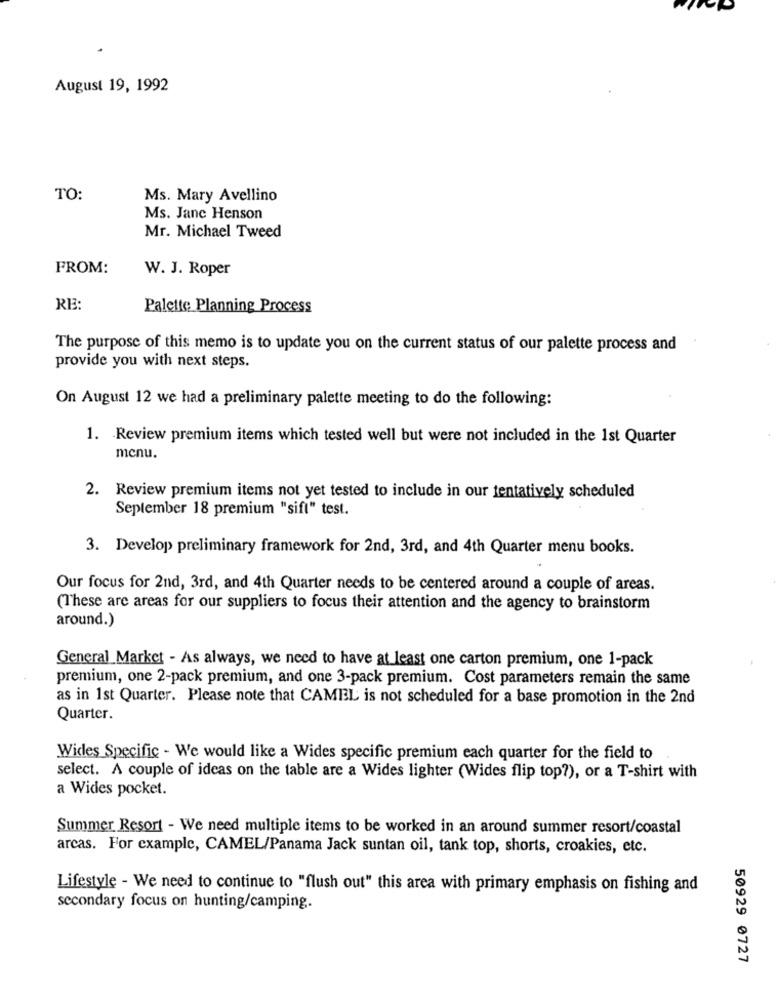
August 19, 1992
TO:
Ms. Mary Avellino
Ms. Janc Henson
Mr. Michael Tweed
FROM:
W. J. Roper
RE:
Palette Planning Process
The purpose of this memo is to update you on the current status of our palette process and
provide you with next steps.
On August 12 we had a preliminary palette meeting to do the following:
1. Review premium items which tested well but were not included in the 1st Quarter
menu.
2. Review premium items not yet tested to include in our tentatively scheduled
September 18 premium "sift" test.
3. Develop> preliminary framework for 2nd, 3rd, and 4th Quarter menu books.
Our focus for 2nd, 3rd, and 4th Quarter needs to be centered around a couple of areas.
(These are areas for our suppliers to focus their attention and the agency to brainstorm
around.)
General Market - As always, we need to have at least one carton premium, one 1-pack
premium, one 2-pack premium, and one 3-pack premium. Cost parameters remain the same
as in 1st Quarter. Please note that CAMEL is not scheduled for a base promotion in the 2nd
Quarter.
Wides Specific - We would like a Wides specific premium each quarter for the field to
select. A couple of ideas on the table are a Wides lighter (Wides flip top?), or a T-shirt with
a Wides pocket.
Summer Resort - We need multiple items to be worked in an around summer resort/coastal
arcas. For example, CAMEL/Panama Jack suntan oil, tank top, shorts, croakies, etc.
Lifestyle - We need to continue to "flush out" this area with primary emphasis on fishing and
secondary focus on hunting/camping.
50929 0727